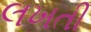
લખતી